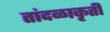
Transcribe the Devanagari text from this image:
तांदळाकृती